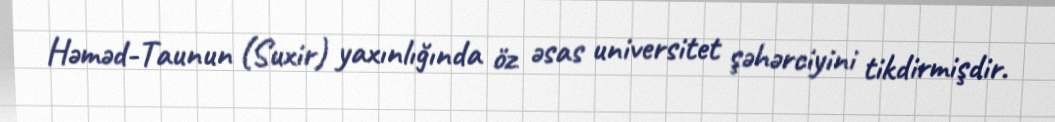
Həməd-Taunun (Suxir) yaxınlığında öz əsas universitet şəhərciyini tikdirmişdir.